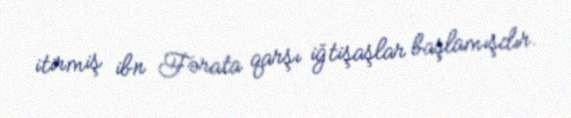
itirmiş ibn Fərata qarşı iğtişaşlar başlamışdır.